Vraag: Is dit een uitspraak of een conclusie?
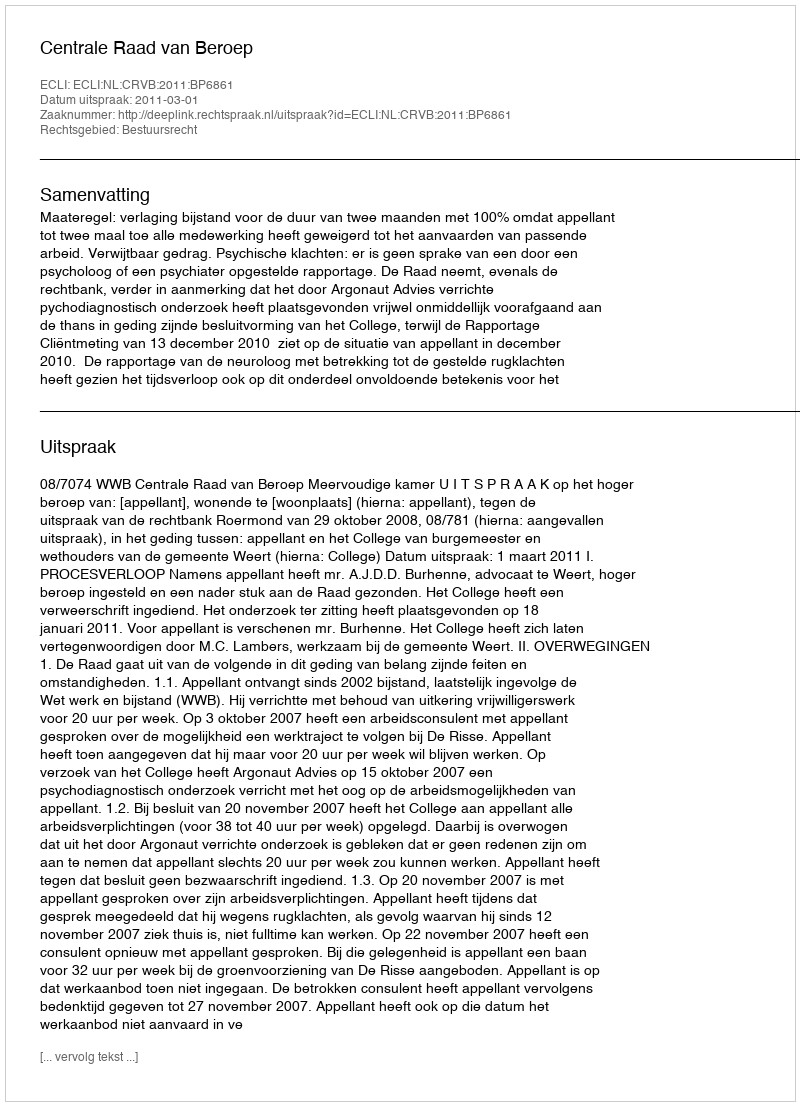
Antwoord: Uitspraak